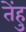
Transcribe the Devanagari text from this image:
तेंहु